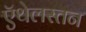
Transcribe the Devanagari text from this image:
ऍथेलस्तन